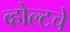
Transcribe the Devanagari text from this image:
व्होल्टचे